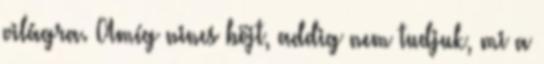
világra. Amíg nincs böjt, addig nem tudjuk, mi a